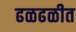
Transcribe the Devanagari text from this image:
ढळढळीत